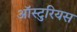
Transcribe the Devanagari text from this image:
ऑस्टुरियस